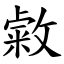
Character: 敹